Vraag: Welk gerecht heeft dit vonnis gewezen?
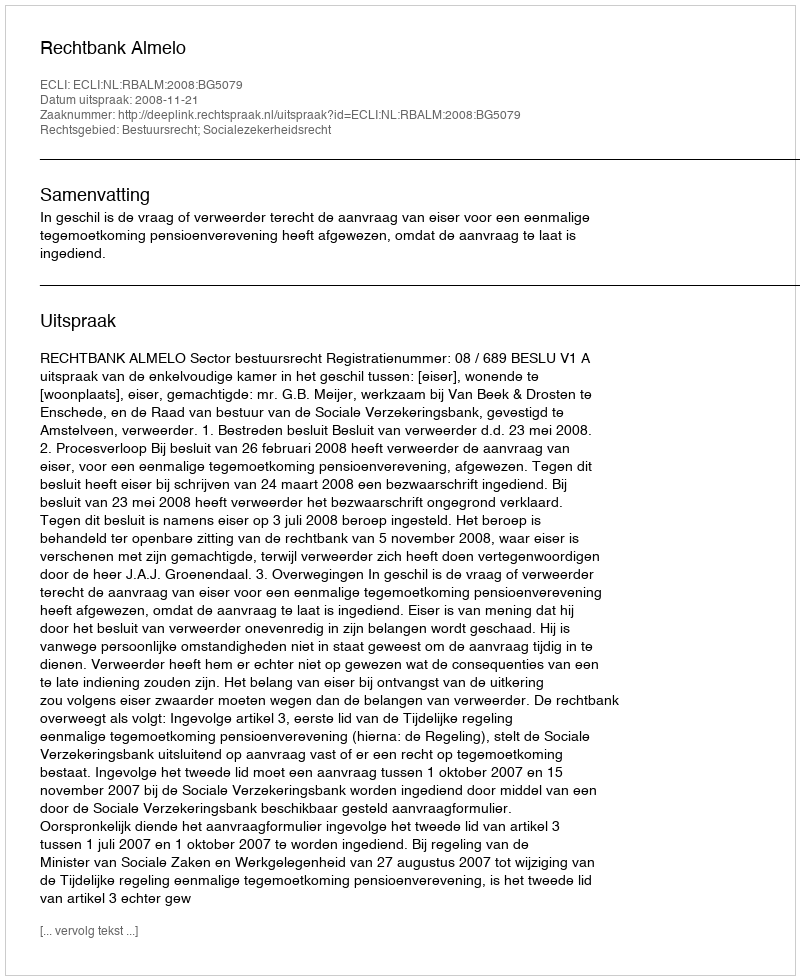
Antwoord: Rechtbank Almelo